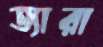
ত্যারা